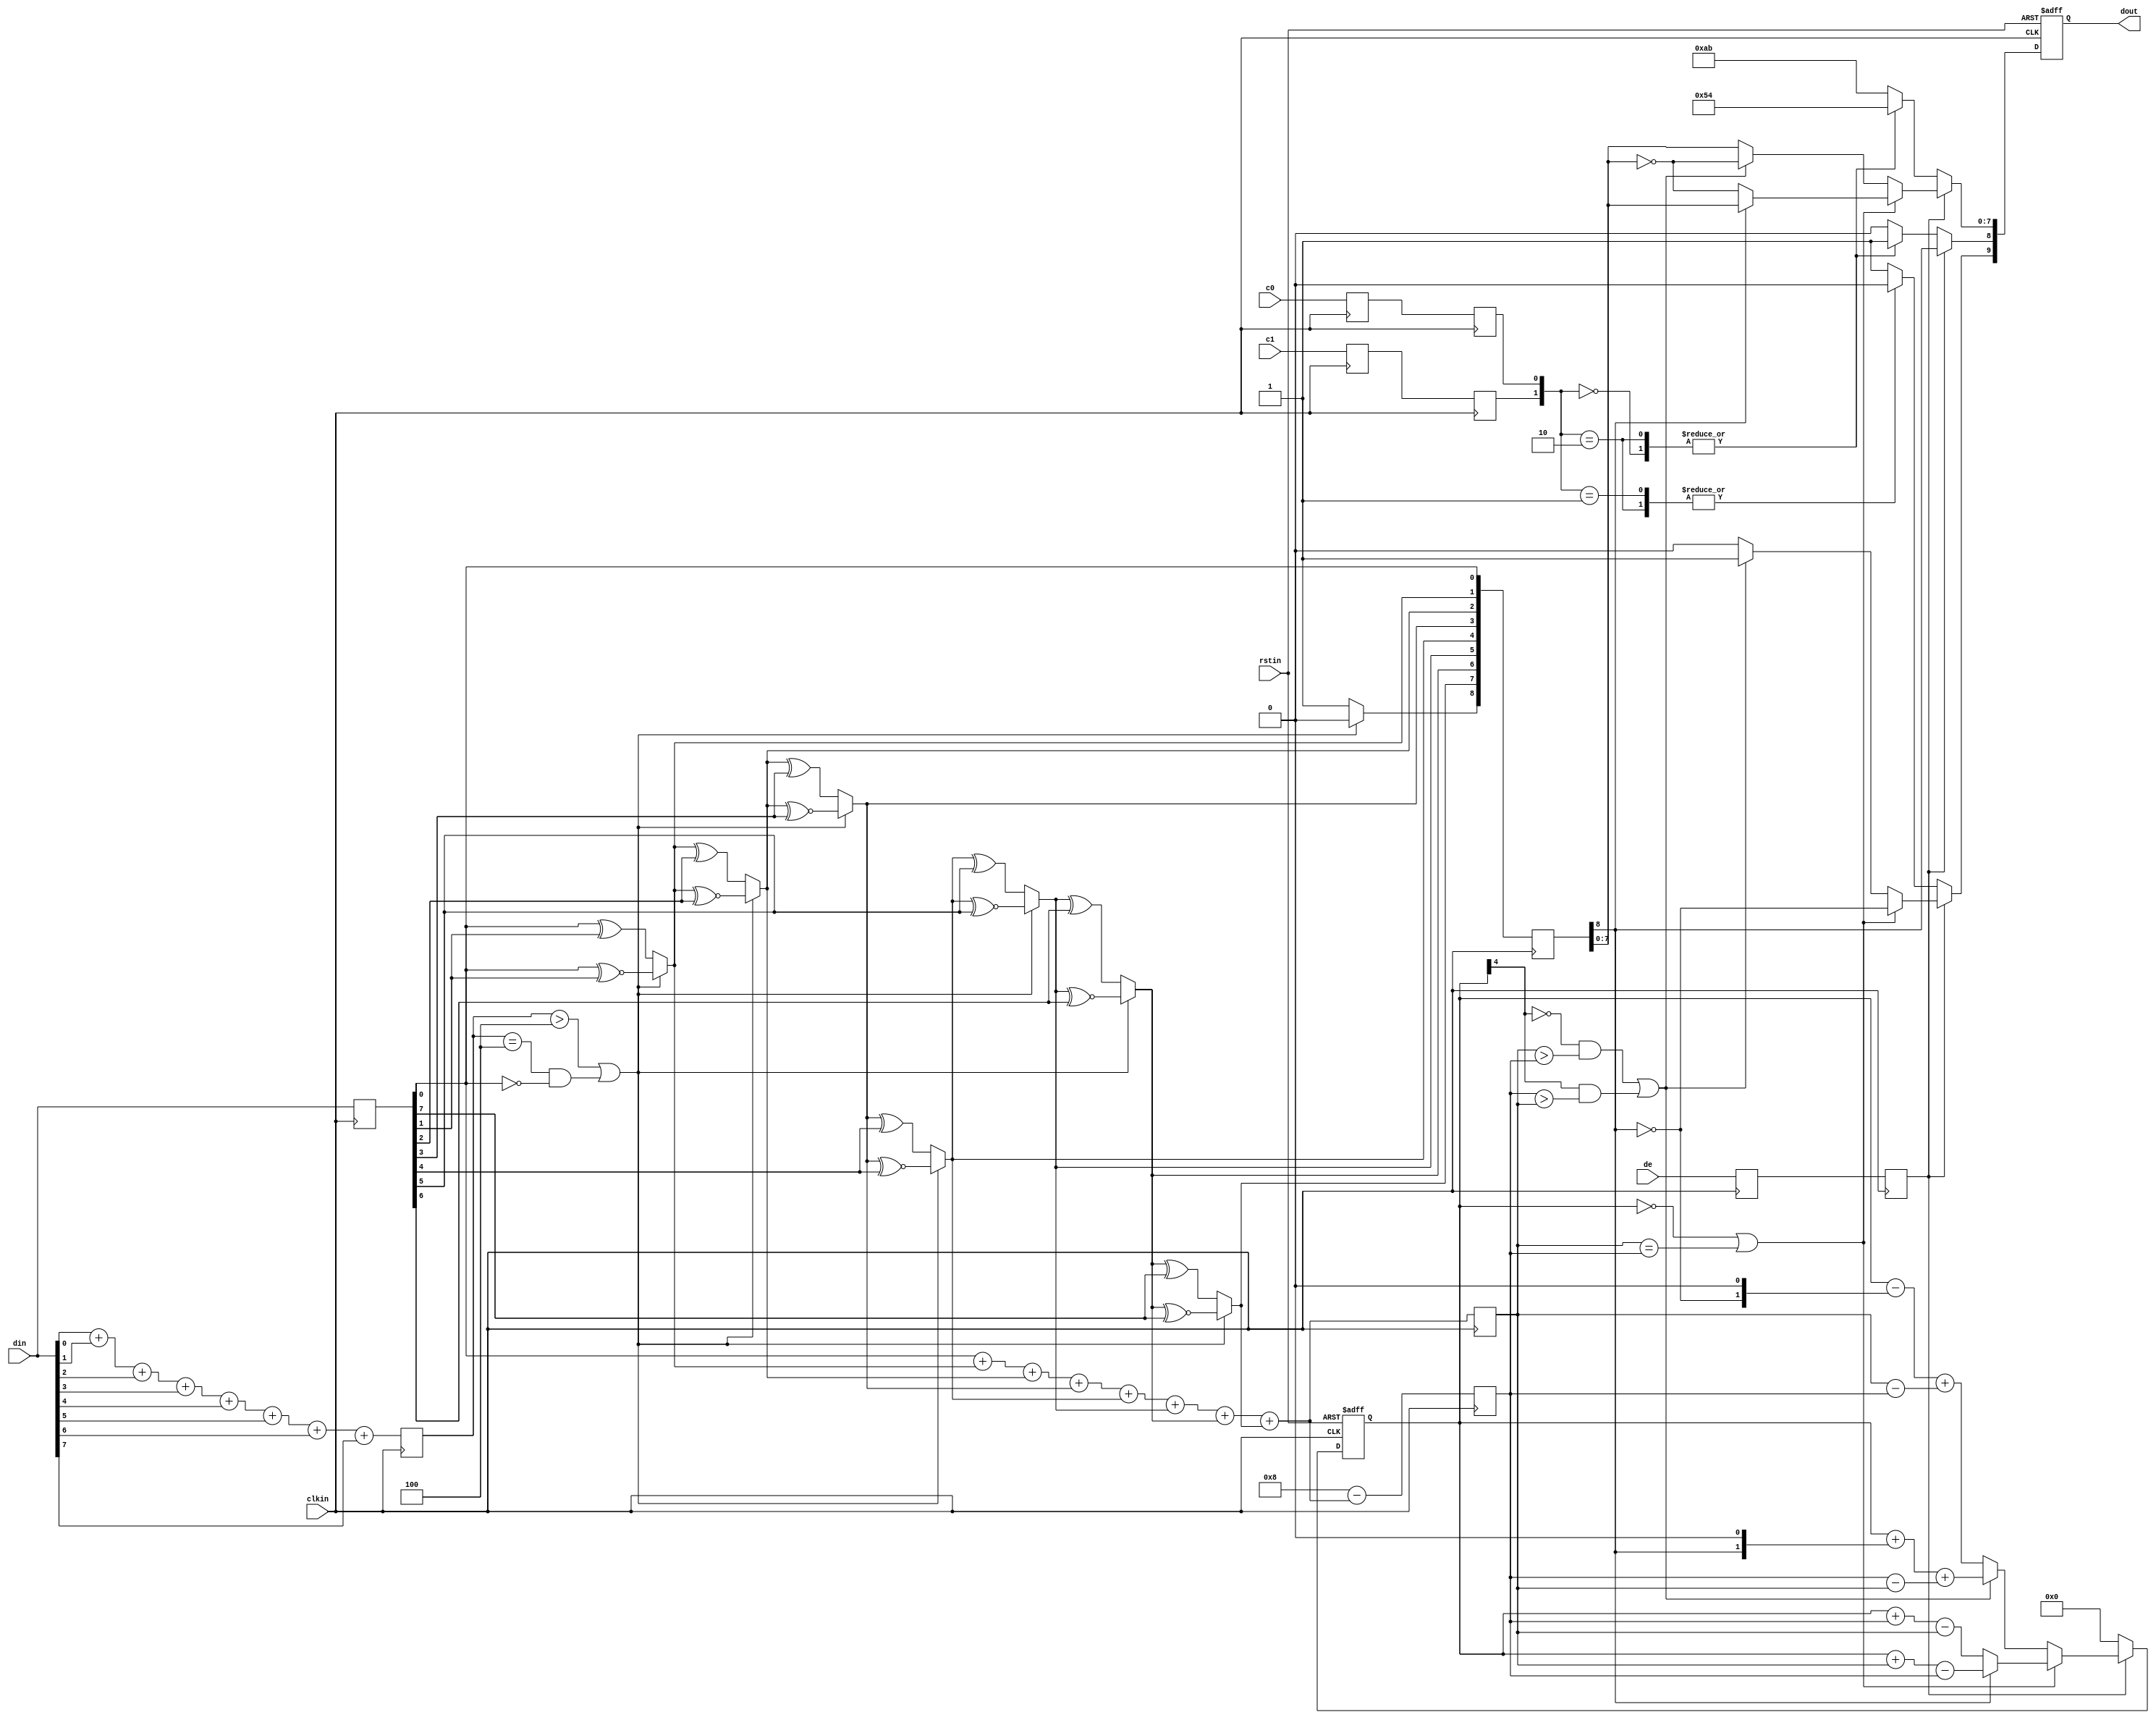
//////////////////////////////////////////////////////////////////////////////
//
//  Xilinx, Inc. 2008                 www.xilinx.com
//
//////////////////////////////////////////////////////////////////////////////
//
//
//  Description :     TMDS encoder  
//
//  Date - revision : Jan. 2008 - v 1.0
//
//
//  Disclaimer: LIMITED WARRANTY AND DISCLAMER. These designs are
//              provided to you "as is". Xilinx and its licensors make and you
//              receive no warranties or conditions, express, implied,
//              statutory or otherwise, and Xilinx specifically disclaims any
//              implied warranties of merchantability, non-infringement,or
//              fitness for a particular purpose. Xilinx does not warrant that
//              the functions contained in these designs will meet your
//              requirements, or that the operation of these designs will be
//              uninterrupted or error free, or that defects in the Designs
//              will be corrected. Furthermore, Xilinx does not warrantor
//              make any representations regarding use or the results of the
//              use of the designs in terms of correctness, accuracy,
//              reliability, or otherwise.
//
//              LIMITATION OF LIABILITY. In no event will Xilinx or its
//              licensors be liable for any loss of data, lost profits,cost
//              or procurement of substitute goods or services, or for any
//              special, incidental, consequential, or indirect damages
//              arising from the use or operation of the designs or
//              accompanying documentation, however caused and on any theory
//              of liability. This limitation will apply even if Xilinx
//              has been advised of the possibility of such damage. This
//              limitation shall apply not-withstanding the failure of the
//              essential purpose of any limited remedies herein.
//
//  Copyright  2006 Xilinx, Inc.
//  All rights reserved
//
//////////////////////////////////////////////////////////////////////////////  
`timescale 1 ps / 1ps

module encode (
  input            clkin,    // pixel clock input
  input            rstin,    // async. reset input (active high)
  input      [7:0] din,      // data inputs: expect registered
  input            c0,       // c0 input
  input            c1,       // c1 input
  input            de,       // de input
  output reg [9:0] dout      // data outputs
);

  ////////////////////////////////////////////////////////////
  // Counting number of 1s and 0s for each incoming pixel
  // component. Pipe line the result.
  // Register Data Input so it matches the pipe lined adder
  // output
  ////////////////////////////////////////////////////////////
  reg [3:0] n1d; //number of 1s in din
  reg [7:0] din_q;

  always @ (posedge clkin) begin
    n1d <=#1 din[0] + din[1] + din[2] + din[3] + din[4] + din[5] + din[6] + din[7];

    din_q <=#1 din;
  end

  ///////////////////////////////////////////////////////
  // Stage 1: 8 bit -> 9 bit
  // Refer to DVI 1.0 Specification, page 29, Figure 3-5
  ///////////////////////////////////////////////////////
  wire decision1;

  assign decision1 = (n1d > 4'h4) | ((n1d == 4'h4) & (din_q[0] == 1'b0));
/*
  reg [8:0] q_m;
  always @ (posedge clkin) begin
    q_m[0] <=#1 din_q[0];
    q_m[1] <=#1 (decision1) ? (q_m[0] ^~ din_q[1]) : (q_m[0] ^ din_q[1]);
    q_m[2] <=#1 (decision1) ? (q_m[1] ^~ din_q[2]) : (q_m[1] ^ din_q[2]);
    q_m[3] <=#1 (decision1) ? (q_m[2] ^~ din_q[3]) : (q_m[2] ^ din_q[3]);
    q_m[4] <=#1 (decision1) ? (q_m[3] ^~ din_q[4]) : (q_m[3] ^ din_q[4]);
    q_m[5] <=#1 (decision1) ? (q_m[4] ^~ din_q[5]) : (q_m[4] ^ din_q[5]);
    q_m[6] <=#1 (decision1) ? (q_m[5] ^~ din_q[6]) : (q_m[5] ^ din_q[6]);
    q_m[7] <=#1 (decision1) ? (q_m[6] ^~ din_q[7]) : (q_m[6] ^ din_q[7]);
    q_m[8] <=#1 (decision1) ? 1'b0 : 1'b1;
  end
*/
  wire [8:0] q_m;
  assign q_m[0] = din_q[0];
  assign q_m[1] = (decision1) ? (q_m[0] ^~ din_q[1]) : (q_m[0] ^ din_q[1]);
  assign q_m[2] = (decision1) ? (q_m[1] ^~ din_q[2]) : (q_m[1] ^ din_q[2]);
  assign q_m[3] = (decision1) ? (q_m[2] ^~ din_q[3]) : (q_m[2] ^ din_q[3]);
  assign q_m[4] = (decision1) ? (q_m[3] ^~ din_q[4]) : (q_m[3] ^ din_q[4]);
  assign q_m[5] = (decision1) ? (q_m[4] ^~ din_q[5]) : (q_m[4] ^ din_q[5]);
  assign q_m[6] = (decision1) ? (q_m[5] ^~ din_q[6]) : (q_m[5] ^ din_q[6]);
  assign q_m[7] = (decision1) ? (q_m[6] ^~ din_q[7]) : (q_m[6] ^ din_q[7]);
  assign q_m[8] = (decision1) ? 1'b0 : 1'b1;

  /////////////////////////////////////////////////////////
  // Stage 2: 9 bit -> 10 bit
  // Refer to DVI 1.0 Specification, page 29, Figure 3-5
  /////////////////////////////////////////////////////////
  reg [3:0] n1q_m, n0q_m; // number of 1s and 0s for q_m
  always @ (posedge clkin) begin
    n1q_m  <=#1 q_m[0] + q_m[1] + q_m[2] + q_m[3] + q_m[4] + q_m[5] + q_m[6] + q_m[7];
    n0q_m  <=#1 4'h8 - (q_m[0] + q_m[1] + q_m[2] + q_m[3] + q_m[4] + q_m[5] + q_m[6] + q_m[7]);
  end

  parameter CTRLTOKEN0 = 10'b1101010100;
  parameter CTRLTOKEN1 = 10'b0010101011;
  parameter CTRLTOKEN2 = 10'b0101010100;
  parameter CTRLTOKEN3 = 10'b1010101011;

  reg [4:0] cnt; //disparity counter, MSB is the sign bit
  wire decision2, decision3;

  assign decision2 = (cnt == 5'h0) | (n1q_m == n0q_m);
  /////////////////////////////////////////////////////////////////////////
  // [(cnt > 0) and (N1q_m > N0q_m)] or [(cnt < 0) and (N0q_m > N1q_m)]
  /////////////////////////////////////////////////////////////////////////
  assign decision3 = (~cnt[4] & (n1q_m > n0q_m)) | (cnt[4] & (n0q_m > n1q_m));

  ////////////////////////////////////
  // pipe line alignment
  ////////////////////////////////////
  reg       de_q, de_reg;
  reg       c0_q, c1_q;
  reg       c0_reg, c1_reg;
  reg [8:0] q_m_reg;

  always @ (posedge clkin) begin
    de_q    <=#1 de;
    de_reg  <=#1 de_q;
    
    c0_q    <=#1 c0;
    c0_reg  <=#1 c0_q;
    c1_q    <=#1 c1;
    c1_reg  <=#1 c1_q;

    q_m_reg <=#1 q_m;
  end

  ///////////////////////////////
  // 10-bit out
  // disparity counter
  ///////////////////////////////
  always @ (posedge clkin or posedge rstin) begin
    if(rstin) begin
      dout <= 10'h0;
      cnt <= 5'h0;
    end else begin
      if (de_reg) begin
        if(decision2) begin
          dout[9]   <=#1 ~q_m_reg[8]; 
          dout[8]   <=#1 q_m_reg[8]; 
          dout[7:0] <=#1 (q_m_reg[8]) ? q_m_reg[7:0] : ~q_m_reg[7:0];

          cnt <=#1 (~q_m_reg[8]) ? (cnt + n0q_m - n1q_m) : (cnt + n1q_m - n0q_m);
        end else begin
          if(decision3) begin
            dout[9]   <=#1 1'b1;
            dout[8]   <=#1 q_m_reg[8];
            dout[7:0] <=#1 ~q_m_reg;

            cnt <=#1 cnt + {q_m_reg[8], 1'b0} + (n0q_m - n1q_m);
          end else begin
            dout[9]   <=#1 1'b0;
            dout[8]   <=#1 q_m_reg[8];
            dout[7:0] <=#1 q_m_reg[7:0];

            cnt <=#1 cnt - {~q_m_reg[8], 1'b0} + (n1q_m - n0q_m);
          end
        end
      end else begin
        case ({c1_reg, c0_reg})
          2'b00:   dout <=#1 CTRLTOKEN0;
          2'b01:   dout <=#1 CTRLTOKEN1;
          2'b10:   dout <=#1 CTRLTOKEN2;
          default: dout <=#1 CTRLTOKEN3;
        endcase

        cnt <=#1 5'h0;
      end
    end
  end
  
endmodule